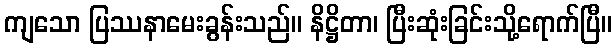
ကျသော ပြဿနာမေးခွန်းသည်။ နိဋ္ဌိတာ၊ ပြီးဆုံးခြင်းသို့ရောက်ပြီ။